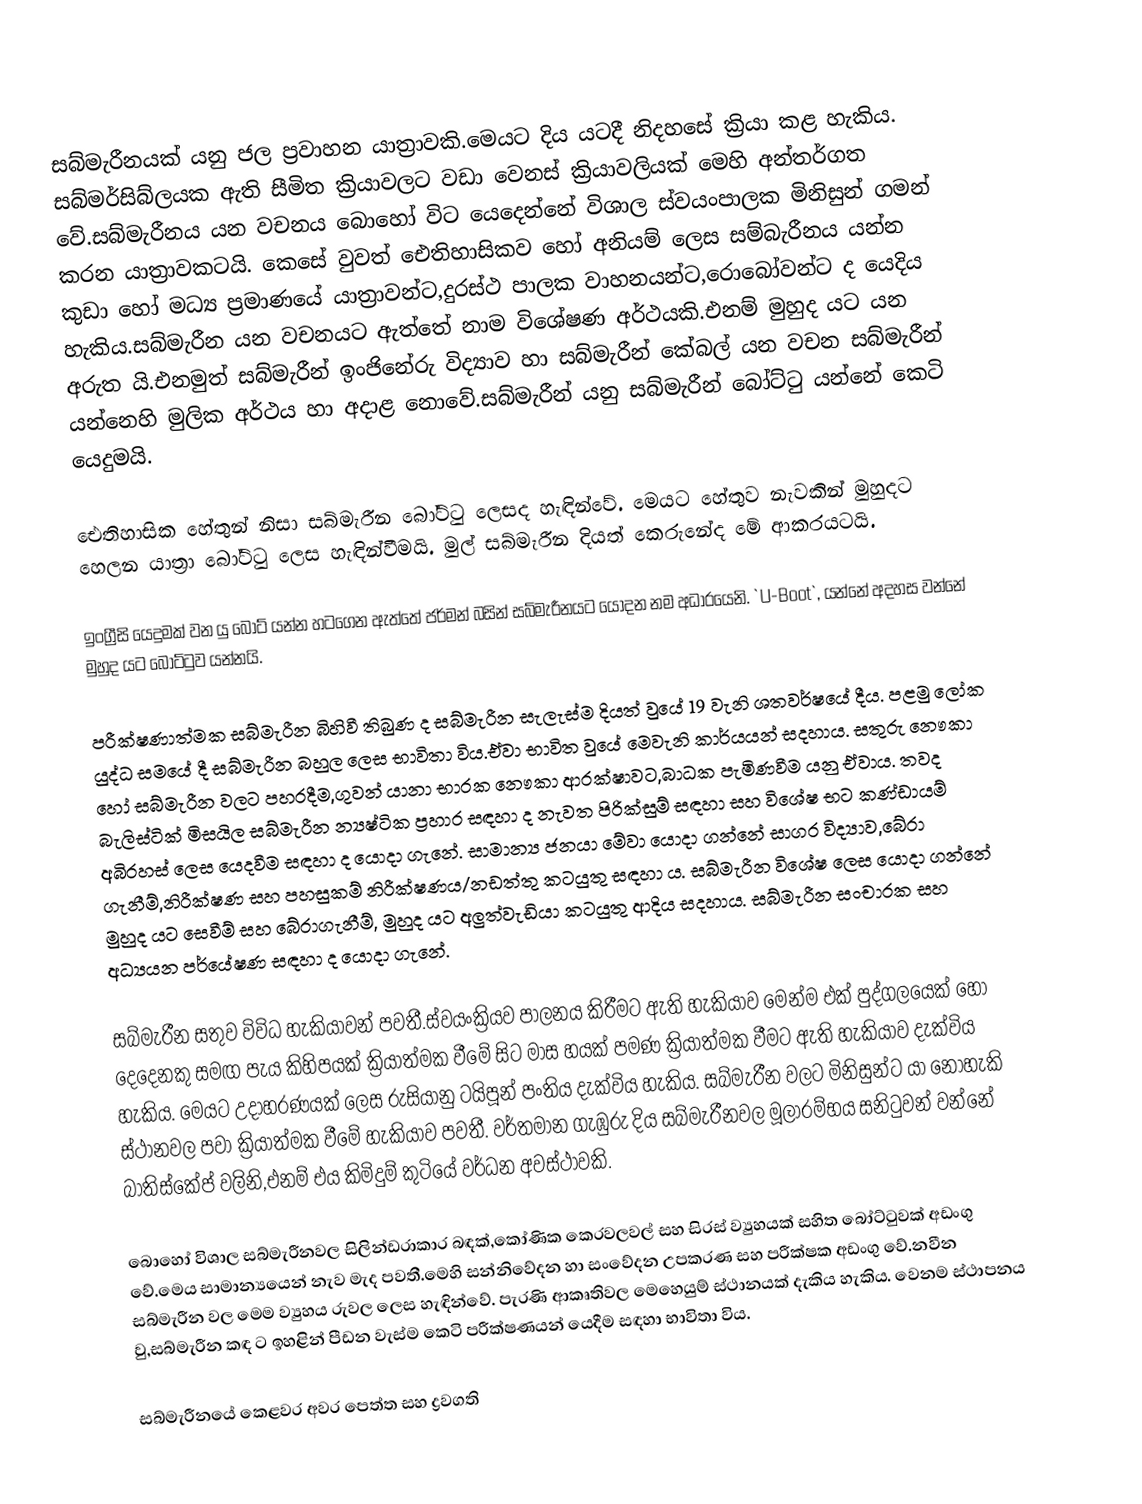
සබ්මැරීනයක් යනු ජල ප්‍රවාහන යාත්‍රාවකි.මෙයට දිය යටදී නිදහසේ ක්‍රියා කළ හැකිය. සබ්මර්සිබ්ලයක ඇති සීමිත ක්‍රියාවලට වඩා වෙනස් ක්‍රියාවලියක් මෙහි අන්තර්ගත වේ.සබ්මැරීනය යන වචනය බොහෝ විට යෙදෙන්නේ විශාල ස්වයංපාලක මිනිසුන් ගමන් කරන යාත්‍රාවකටයි. කෙසේ වුවත් ඓතිහාසිකව හෝ අනියම් ලෙස සම්බැරීනය යන්න කුඩා හෝ මධ්‍ය ප්‍රමාණයේ යාත්‍රාවන්ට,දුරස්ථ පාලක වාහනයන්ට,රොබෝවන්ට ද යෙදිය හැකිය.සබ්මැරීන යන වචනයට ඇත්තේ නාම විශේෂණ අර්ථයකි.එනම් මුහුද යට යන අරුත යි.එනමුත් සබ්මැරීන් ඉංජිනේරු විද්‍යාව හා සබ්මැරීන් කේබල් යන වචන සබ්මැරීන් යන්නෙහි මුලික අර්ථය හා අදාළ නොවේ.සබ්මැරීන් යනු සබ්මැරීන් බෝට්ටු යන්නේ කෙටි යෙදුමයි.

ඓතිහාසික හේතුන් නිසා සබ්මැරීන බෝට්ටු ලෙසද හැඳින්වේ. මෙයට හේතුව නැවකින් මුහුදට හෙලන යාත්‍රා බෝට්ටු ලෙස හැඳින්වීමයි. මුල් සබ්මැරීන දියත් කෙරුනේද මේ ආකරයටයි.

ඉංග්‍රීසි යෙදුමක් වන යු බෝට් යන්න හටගෙන ඇත්තේ ජර්මන් බසින් සබ්මැරීනයට යොදන නම අධාරයෙනි. `U-Boot`, යන්නේ අදහස වන්නේ මුහුද යට බෝට්ටුව යන්නයි.

පරීක්ෂණාත්මක සබ්මැරීන බිහිවී තිබුණ ද සබ්මැරීන සැලැස්ම දියත් වුයේ 19 වැනි ශතවර්ෂයේ දීය. පළමු ලෝක යුද්ධ සමයේ දී සබ්මැරීන බහුල ලෙස භාවිතා විය.ඒවා භාවිත වුයේ මෙවැනි කාර්යයන් සදහාය. සතුරු නෞකා හෝ සබ්මැරීන වලට පහරදීම,ගුවන් යානා භාරක නෞකා ආරක්ෂාවට,බාධක පැමිණවීම යනු ඒවාය. තවද බැලිස්ටික් මිසයිල සබ්මැරීන න්‍යෂ්ටික ප්‍රහාර සඳහා ද නැවත පිරික්සුම් සඳහා සහ විශේෂ භට කණ්ඩායම් අබිරහස් ලෙස යෙදවීම සඳහා ද යොදා ගැනේ. සාමාන්‍ය ජනයා මේවා යොදා ගන්නේ සාගර විද්‍යාව,බේරා ගැනීම්,නිරීක්ෂණ සහ පහසුකම් නිරීක්ෂණය/නඩත්තු කටයුතු සඳහා ය. සබ්මැරීන විශේෂ ලෙස යොදා ගන්නේ මුහුද යට සෙවීම් සහ බේරාගැනීම්, මුහුද යට අලුත්වැඩියා කටයුතු ආදිය සදහාය. සබ්මැරීන සංචාරක සහ අධ්‍යයන පර්යේෂණ සඳහා ද යොදා ගැනේ.

සබ්මැරීන සතුව විවිධ හැකියාවන් පවතී.ස්වයංක්‍රියව පාලනය කිරීමට ඇති හැකියාව මෙන්ම එක් පුද්ගලයෙක් හෝ දෙදෙනකු සමඟ පැය කිහිපයක් ක්‍රියාත්මක වීමේ සිට මාස හයක් පමණ ක්‍රියාත්මක වීමට ඇති හැකියාව දැක්විය හැකිය. මෙයට උදාහරණයක් ලෙස රුසියානු ටයිපූන් පංතිය දැක්විය හැකිය. සබ්මැරීන වලට මිනිසුන්ට යා නොහැකි ස්ථානවල පවා ක්‍රියාත්මක වීමේ හැකියාව පවතී. වර්තමාන ගැඹුරු දිය සබ්මැරීනවල මූලාරම්භය සනිටුවන් වන්නේ බාතිස්කේප් වලිනි,එනම් එය කිමිදුම් කුටියේ වර්ධන අවස්ථාවකි.

බොහෝ විශාල සබ්මැරීනවල සිලින්ඩරාකාර බඳක්,කෝණික කෙරවලවල් සහ සිරස් ව්‍යුහයක් සහිත බෝට්ටුවක් අඩංගු වේ.මෙය සාමාන්‍යයෙන් නැව මැද පවතී.මෙහි සන්නිවේදන හා සංවේදන උපකරණ සහ පරීක්ෂක අඩංගු වේ.නවීන සබ්මැරීන වල මෙම ව්‍යුහය රුවල ලෙස හැඳින්වේ. පැරණි ආකෘතිවල මෙහෙයුම් ස්ථානයක් දැකිය හැකිය. වෙනම ස්ථාපනය වු,සබ්මැරීන කඳ ට ඉහළින් පීඩන වැස්ම කෙටි පරීක්ෂණයන් යෙදීම සඳහා භාවිතා විය.

සබ්මැරීනයේ කෙළවර අවර පෙත්ත සහ ද්‍රවගති